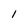
Character: 1